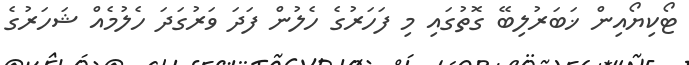
ޓޯކިޔޯއިން ޚަބަރުލިބޭ ގޮތުގައި މި ފަހަރުގެ ހެލުން ފަދަ ވަރުގަދަ ހެލުމެއް ޝަހަރުގެ